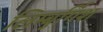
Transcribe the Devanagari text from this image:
लिम्बुर्गिश